Riigikantselei, lk 63
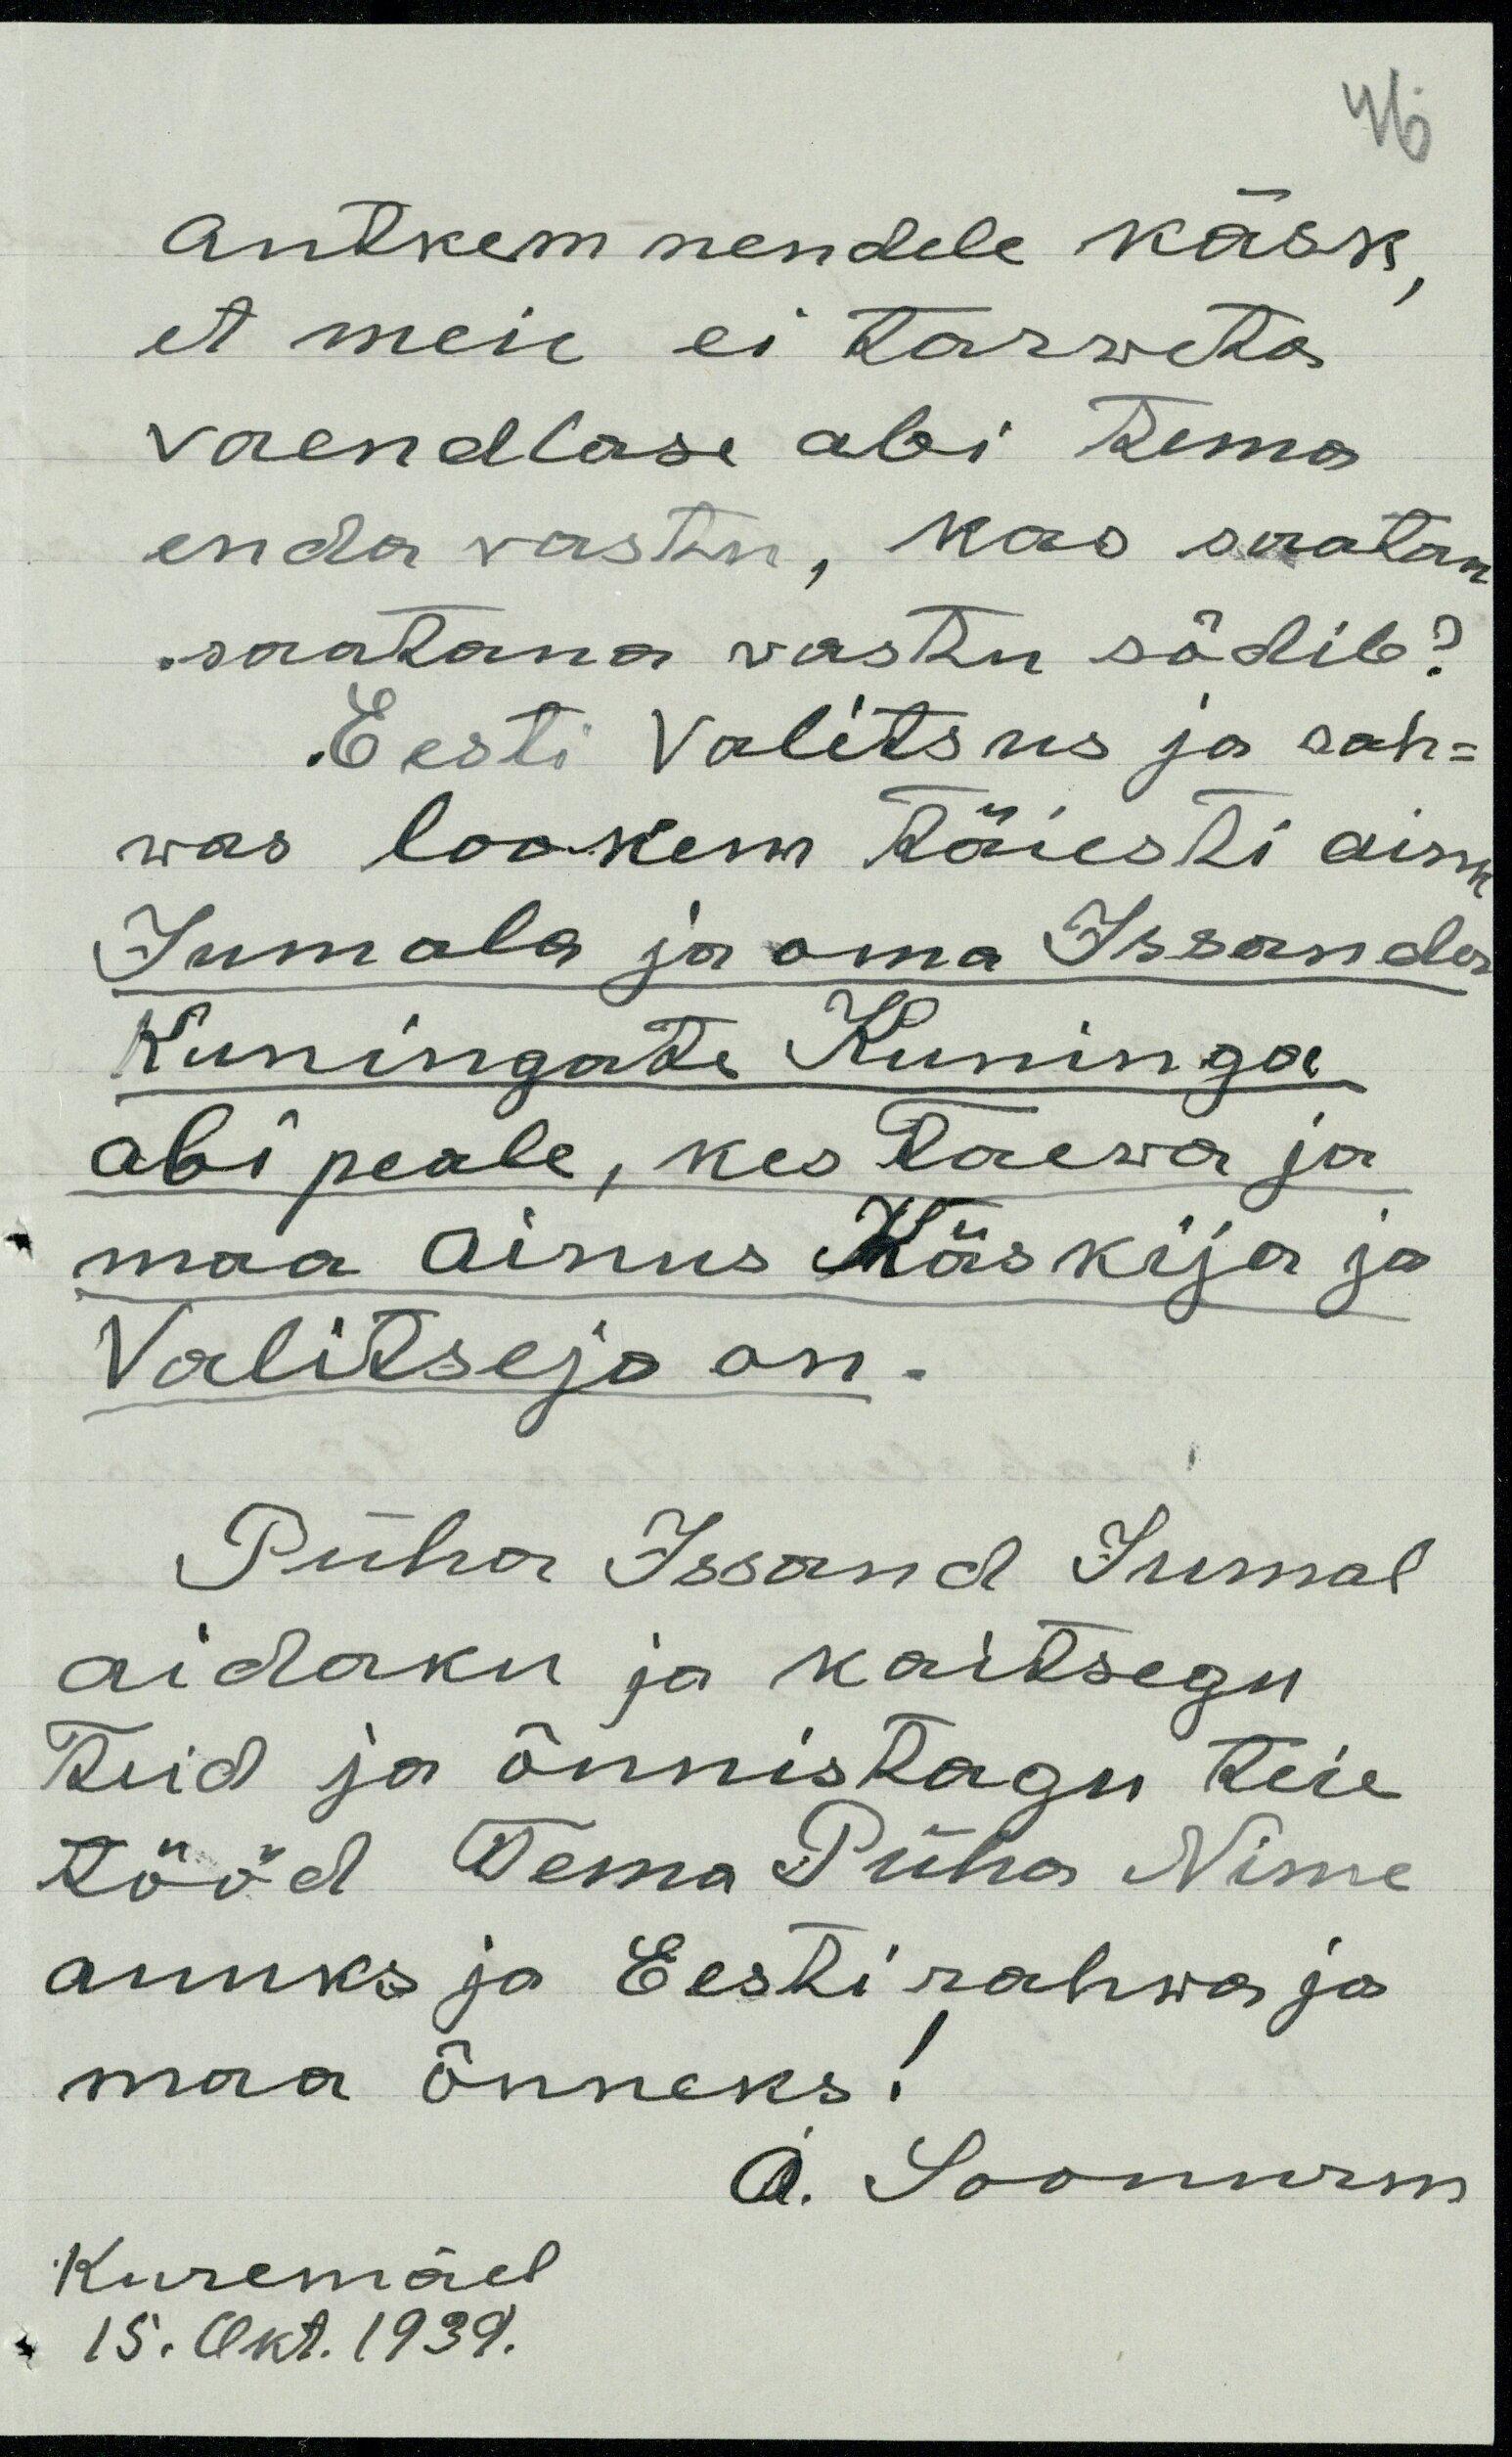
antkem nendele käsk,
et meie ei tarweta
vaendlase abi tema
enda vastu, kas saatan
saatana vastu sõdib?
Eesti Valitsus ja rah-
was lookem täiesti ains
Jumala ja oma Issanda
Kuningate Kuninga
abi peale, kes Taewa ja
maa ainus Käskija ja
Valitseja on.
Püha Issand Jumal
aidaku ja kaitsegu
Teid ja õnnistagu teie
tööd Tema Püha Nime
auuks ja Eesti rahwa ja
maa õnneks!
A. Soonurm
Kuremäel
15. Okt. 1939.